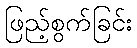
ဖြည့်စွက်ခြင်း